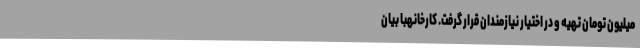
میلیون تومان تهیه و در اختیار نیازمندان قرار گرفت. کارخانهبا بیان